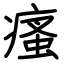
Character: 瘙